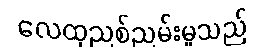
လေထုညစ်ညမ်းမှုသည်